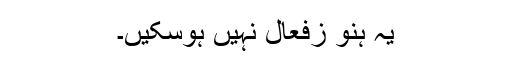
یہ ہنو زفعال نہیں ہوسکیں۔